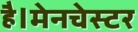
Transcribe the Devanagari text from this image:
है।मेनचेस्टर